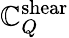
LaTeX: \mathbb{C}_{Q}^{\mathrm{{shear}}}